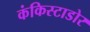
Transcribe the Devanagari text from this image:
कंकिस्टाडोर